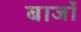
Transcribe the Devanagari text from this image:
बार्जों